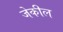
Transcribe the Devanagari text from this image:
जेकील